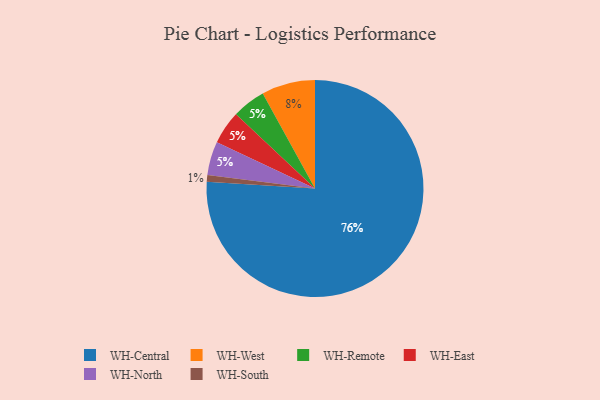
{"axis": {"x": "Category", "y": "Percentage"}, "legend": ["WH-Central", "WH-East", "WH-North", "WH-Remote", "WH-South", "WH-West"], "data": [{"x": "WH-Remote", "y": 5, "type": "WH-Remote"}, {"x": "WH-East", "y": 5, "type": "WH-East"}, {"x": "WH-Central", "y": 76, "type": "WH-Central"}, {"x": "WH-West", "y": 8, "type": "WH-West"}, {"x": "WH-South", "y": 1, "type": "WH-South"}, {"x": "WH-North", "y": 5, "type": "WH-North"}]}